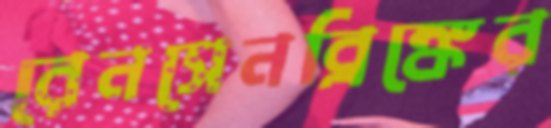
রেনসেনব্রিঙ্কের